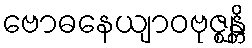
ဗောဓနေယျာဝဗုဇ္ဈန္တိ